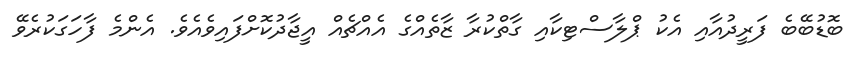
ބޮޑުބޭބެ ފަރީދުއާއި އެކު ޕްލާސްޓިކާއި ގާތްކުރާ ޒާތެއްގެ އެއްޗެއް އީޖާދުކޮށްފައިވެއެވެ. އެންމެ ފާހަގަކުރެވޭ